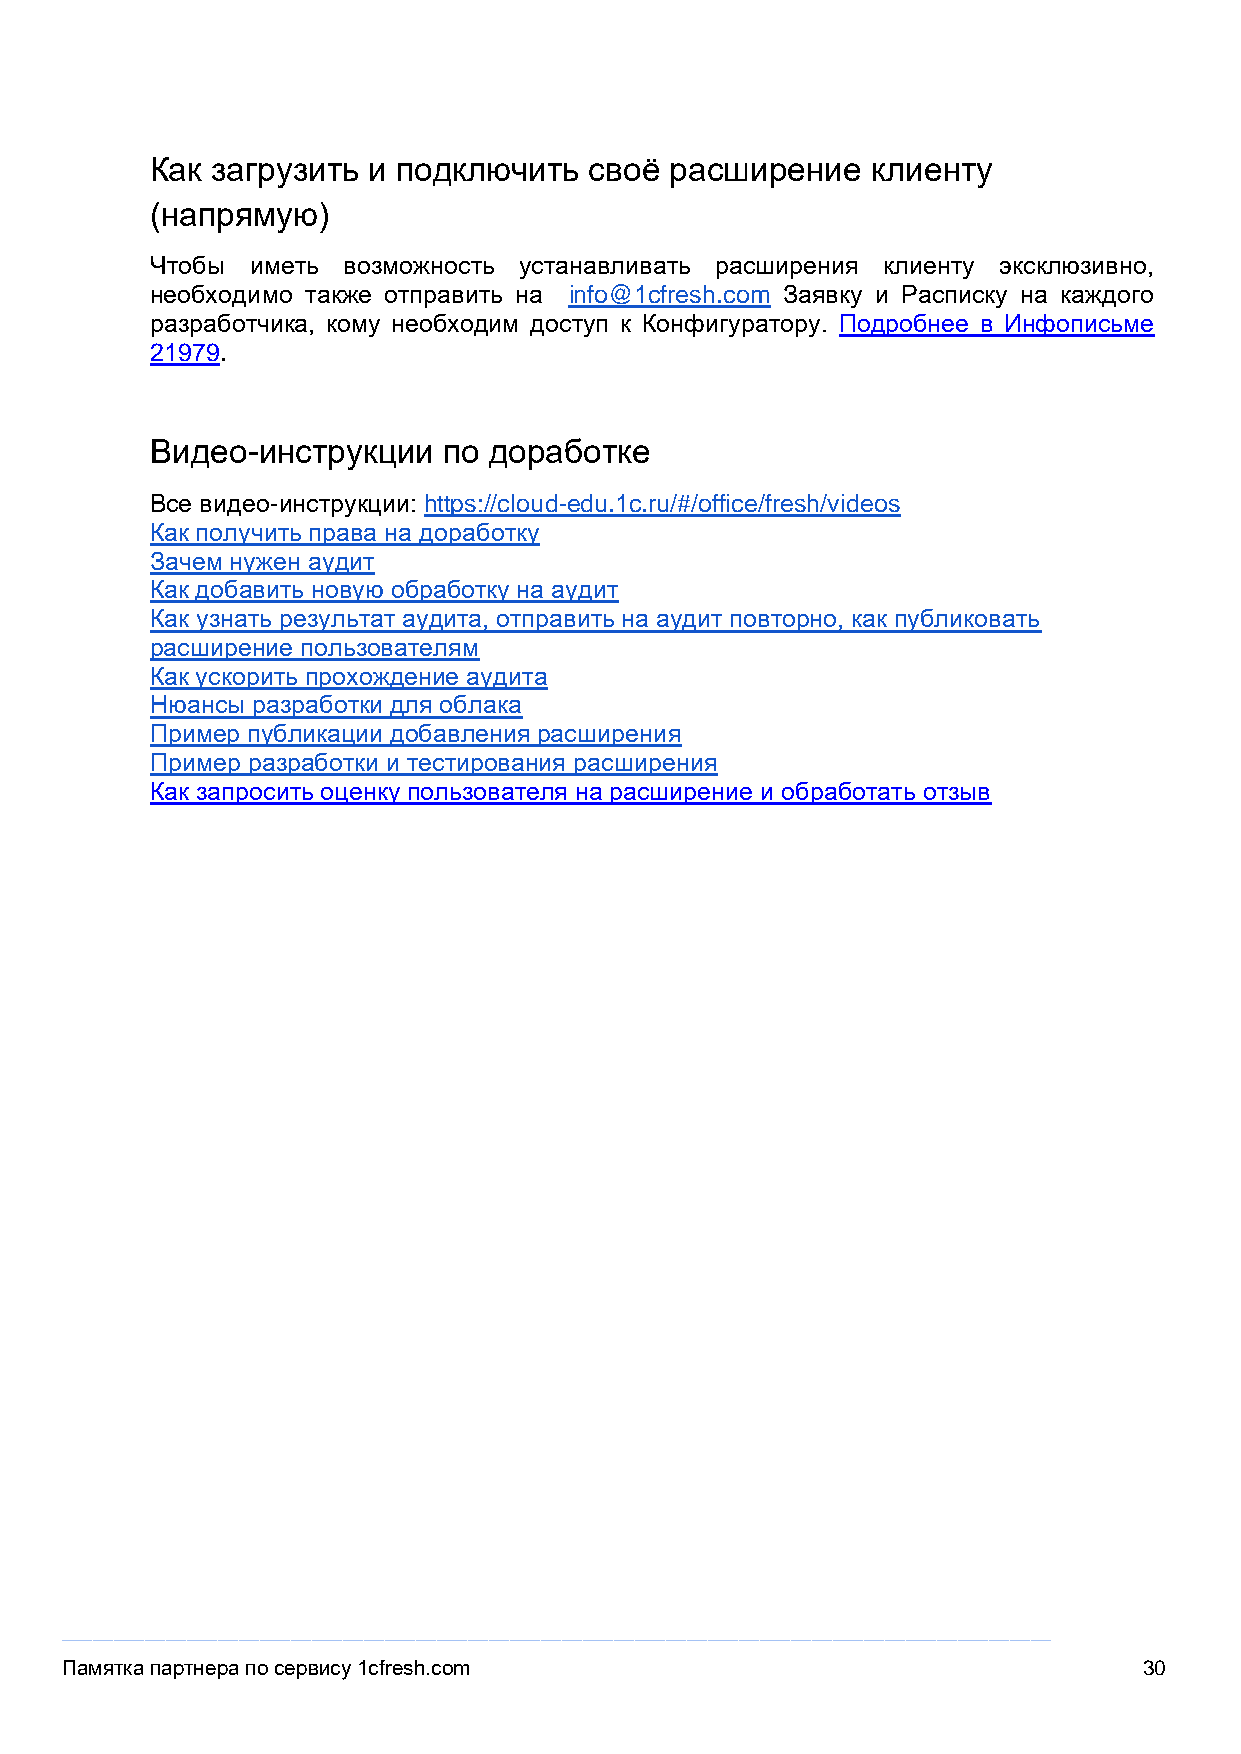
Как загрузить и подключить   своё расширение    клиенту
 (напрямую)
 Чтобы  иметь возможность устанавливать расширения клиенту эксклюзивно,
 необходимо также отправить на info@1cfresh.com Заявку и Расписку на каждого
 разработчика, кому необходим доступ к Конфигуратору. Подробнее в Инфописьме
 21979.
 Видео-инструкции   по доработке
 Все видео-инструкции: https://cloud-edu.1c.ru/#/office/fresh/videos
 Как получить права на доработку
 Зачем нужен аудит
 Как добавить новую обработку на аудит
 Как узнать результат аудита, отправить на аудит повторно, как публиковать
 расширение пользователям
 Как ускорить прохождение аудита
 Нюансы разработки для облака
 Пример публикации добавления расширения
 Пример разработки и тестирования расширения
 Как запросить оценку пользователя на расширение и обработать отзыв
 _______________________________________________________________________________________________
 Памятка партнера по сервису 1cfresh.com                                 30